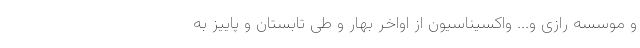
و موسسه رازی و... واکسیناسیون از اواخر بهار و طی تابستان و پاییز به